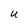
Character: U